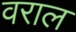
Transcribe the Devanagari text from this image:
वराल